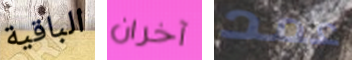
الباقية آخران عمد